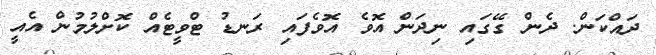
ދައްކަން. ދެން ގޭގައި ނިދަން އޮވެ އޮވެފައި ރަނޑު ޓްވީޓެއް ކޮށްލުމުން އެއީ